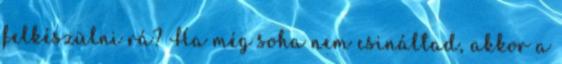
felkészülni rá? Ha még soha nem csináltad, akkor a